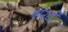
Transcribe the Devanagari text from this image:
शरदो